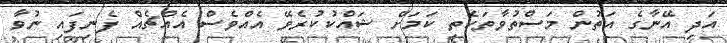
އަދި އޭނާގެ އަތުން މަސްތުވާތަކެތި ކަމަށް ޝައްކުކުރެވޭ އެއްވެސް އެއްޗެއް ފެނިފައި ނުވާ